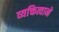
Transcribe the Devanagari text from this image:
व्यक्तित्वाने